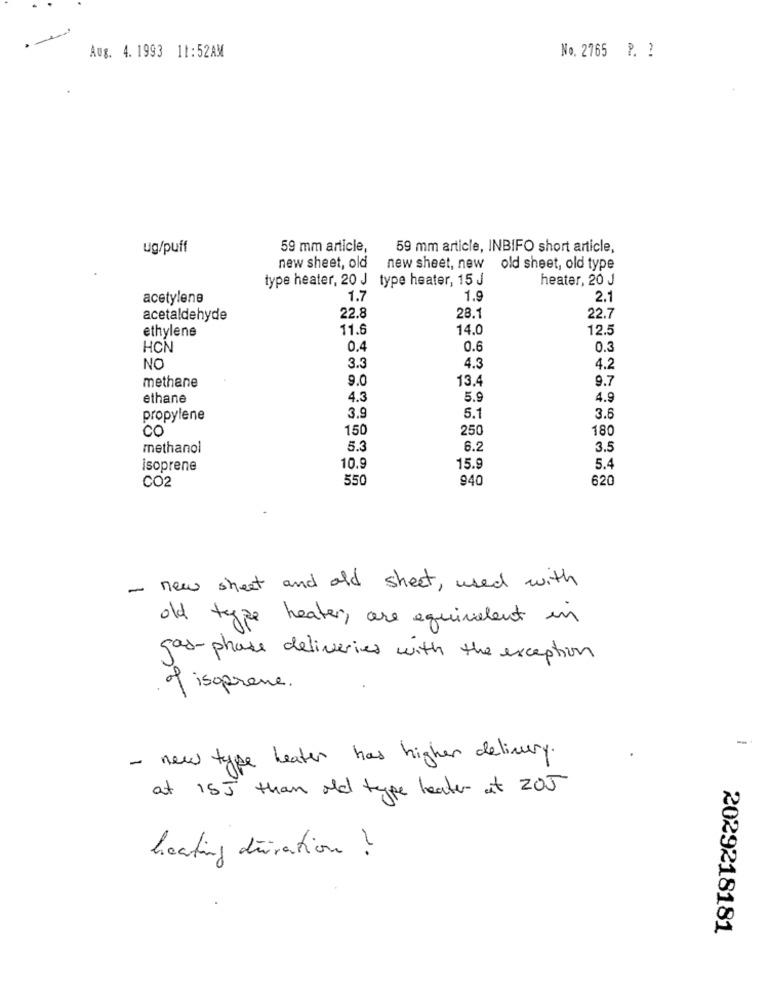
.
Aug. 4. 1993 11:52AM
No. 2765 P. ?
ug/puff
59 mm article,
59 mm article, INBIFO short article,
new sheet, old
new sheet, new old sheet, old type
type heater, 20 J type heater, 15 J
heater, 20 J
acetylene
1.7
1.9
2.1
22.8
acetaldehyde
28.1
22.7
ethylene
11.6
14.0
12.5
HCN
0.4
0.6
0.3
NO
3.3
4.3
4.2
methane
9.0
13.4
9.7
ethane
4.3
5.9
4.9
3.9
5.1
propylene
3.6
CC
150
250
180
methanol
5.3
6.2
3.5
isoprene
10.9
15.9
5.4
CO2
550
940
620
- new street and old sheet, used with
old type heater, are equivalent in
gas-phase deliveries with the exception
of isoprone.
-
- new type heater has higher delivery.
at 15J than old type heater at 205
heating duration ?
2029218181